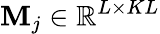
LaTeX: \textbf{M}_{j}\in\mathbb{R}^{L\times KL}